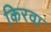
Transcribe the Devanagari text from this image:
किरवा